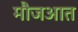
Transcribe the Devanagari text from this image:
मौजआत